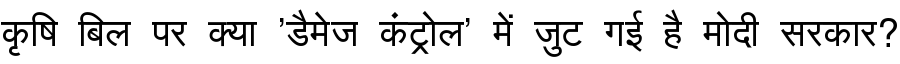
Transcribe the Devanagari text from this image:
कृषि बिल पर क्या 'डैमेज कंट्रोल' में जुट गई है मोदी सरकार?